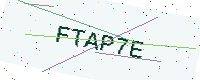
Text: FTAP7E